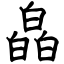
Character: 皛